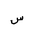
Letter: _sin